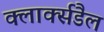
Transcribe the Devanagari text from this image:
क्लार्क्सडैल